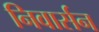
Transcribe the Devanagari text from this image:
निवार्सन